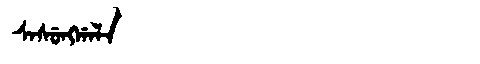
Manchu: ᠰᠠᠰᡠᠩᡤᠠᠯᠠ
Romanization: SASUNGGALA